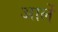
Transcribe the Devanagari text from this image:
आर्ले